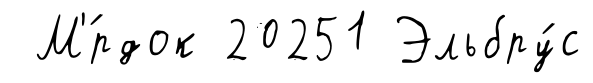
М'́рдок 20251 Эльбру́с